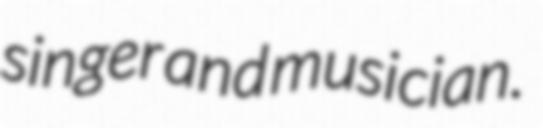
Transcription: singer and musician.